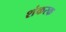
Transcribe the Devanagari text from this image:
शंकरक